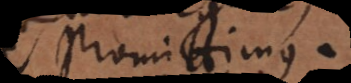
promittimus.